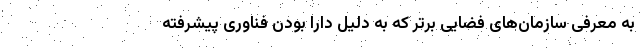
به معرفی سازمان‌های فضایی برتر که به دلیل دارا بودن فناوری پیشرفته